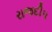
રાજદીપ